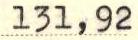
131,92